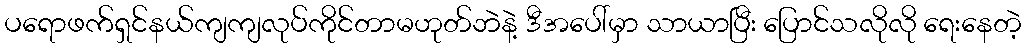
ပရောဖက်ရှင်နယ်ကျကျလုပ်ကိုင်တာမဟုတ်ဘဲနဲ့ ဒီအပေါ်မှာ သာယာပြီး ပြောင်သလိုလို ရေးနေတဲ့